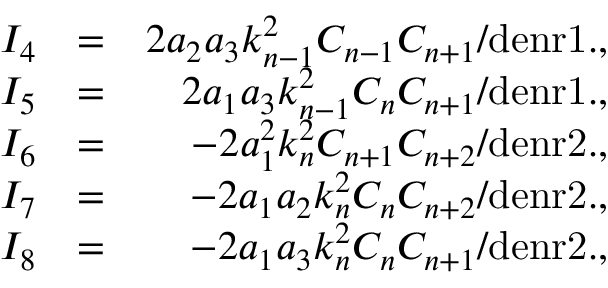
\begin{array} { r l r } { I _ { 4 } } & { = } & { 2 a _ { 2 } a _ { 3 } k _ { n - 1 } ^ { 2 } C _ { n - 1 } C _ { n + 1 } / \mathrm { d e n r 1 . } , } \\ { I _ { 5 } } & { = } & { 2 a _ { 1 } a _ { 3 } k _ { n - 1 } ^ { 2 } C _ { n } C _ { n + 1 } / \mathrm { d e n r 1 . } , } \\ { I _ { 6 } } & { = } & { - 2 a _ { 1 } ^ { 2 } k _ { n } ^ { 2 } C _ { n + 1 } C _ { n + 2 } / \mathrm { d e n r 2 . } , } \\ { I _ { 7 } } & { = } & { - 2 a _ { 1 } a _ { 2 } k _ { n } ^ { 2 } C _ { n } C _ { n + 2 } / \mathrm { d e n r 2 . } , } \\ { I _ { 8 } } & { = } & { - 2 a _ { 1 } a _ { 3 } k _ { n } ^ { 2 } C _ { n } C _ { n + 1 } / \mathrm { d e n r 2 . } , } \end{array}